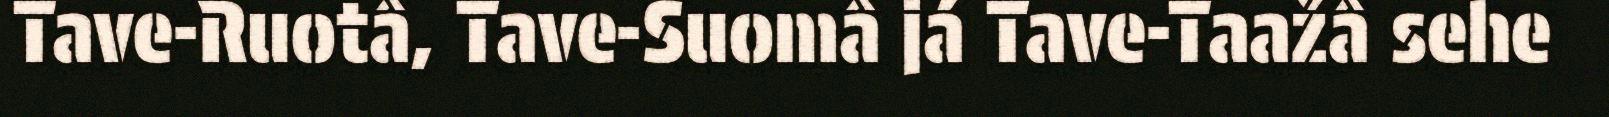
Tave-Ruotâ, Tave-Suomâ já Tave-Taažâ sehe